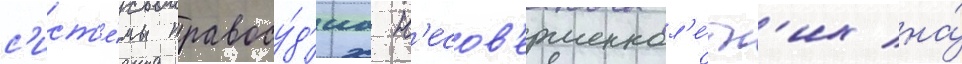
с'ист'е́мы правосу́д'иа н'есов'ершеннол'е́тн'их на́